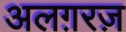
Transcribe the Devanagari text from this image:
अलग़रज़